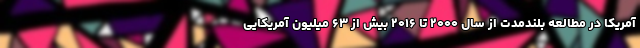
آمریکا در مطالعه بلندمدت از سال ۲۰۰۰ تا ۲۰۱۶ بیش از ۶۳ میلیون آمریکایی